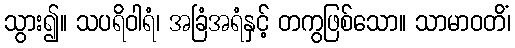
သွား၍။ သပရိဝါရံ၊ အခြံအရံနှင့် တကွဖြစ်သော။ သာမာဝတိံ၊